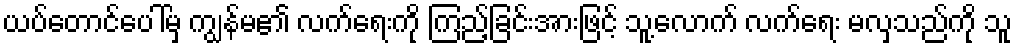
ယပ်တောင်ပေါ်မှ ကျွန်မ၏ လက်ရေးကို ကြည့်ခြင်းအားဖြင့် သူ့လောက် လက်ရေး မလှသည်ကို သူ